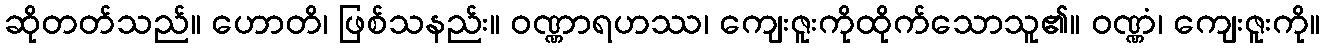
ဆိုတတ်သည်။ ဟောတိ၊ ဖြစ်သနည်း။ ဝဏ္ဏာရဟဿ၊ ကျေးဇူးကိုထိုက်သောသူ၏။ ဝဏ္ဏံ၊ ကျေးဇူးကို။